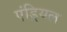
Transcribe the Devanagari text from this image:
एंड्रियल